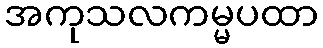
အကုသလကမ္မပထာ